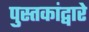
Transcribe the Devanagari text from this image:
पुस्तकांद्वारे